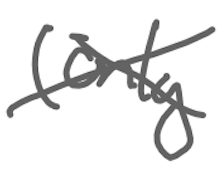
Text: (only
Cross-out: cross
Writing tool: digital_gray